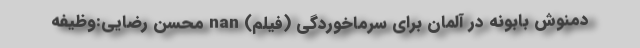
دمنوش بابونه در آلمان برای سرماخوردگی (فیلم) nan محسن رضایی:وظیفه